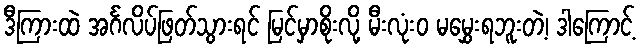
ဒီကြားထဲ အင်္ဂလိပ်ဖြတ်သွားရင် မြင်မှာစိုးလို့ မီးလုံးဝ မမွှေးရဘူးတဲ့၊ ဒါကြောင့်